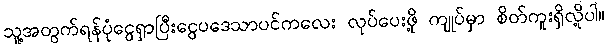
သူ့အတွက်ရန်ပုံငွေရှာပြီးငွေပဒေသာပင်ကလေး လုပ်ပေးဖို့ ကျုပ်မှာ စိတ်ကူးရှိလို့ပါ။